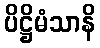
ပိဋ္ဌိမံသာနိ